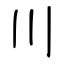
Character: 川